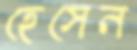
হেসেন